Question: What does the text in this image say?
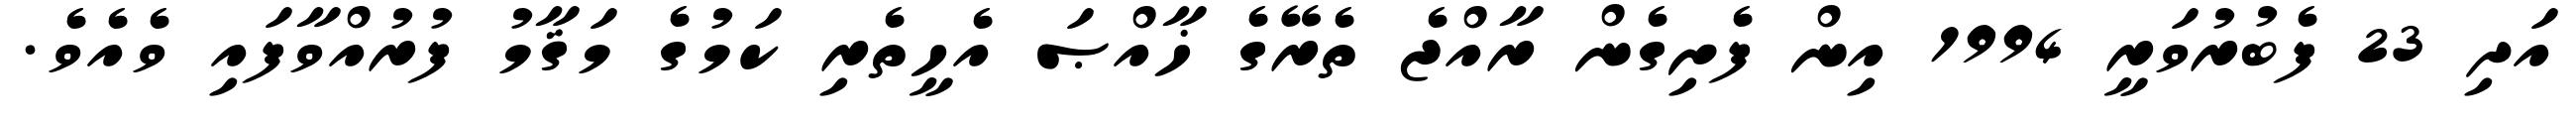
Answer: އަދި 23 ފެބުރުވަރީ 1994 އިން ފެށިގެން ރާއްޖެ ތެރޭގެ ޚާއްޞަ އެހީތެރި ކަމުގެ މަޤާމު ފުރުއްވާފައި ވެއެވެ.